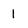
Character: 1